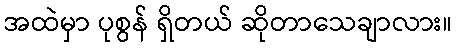
အထဲမှာ ပုစွန် ရှိတယ် ဆိုတာသေချာလား။